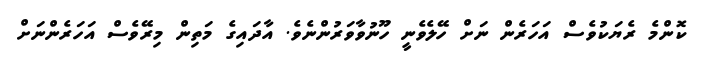
ކޮންމެ ރެޔަކުވެސް އަހަރެން ނަށް ހޭލެވެނީ ހޫނުވާވަރުންނެވެ. އާދައިގެ މަތިން މިރޭވެސް އަހަރެންނަށް